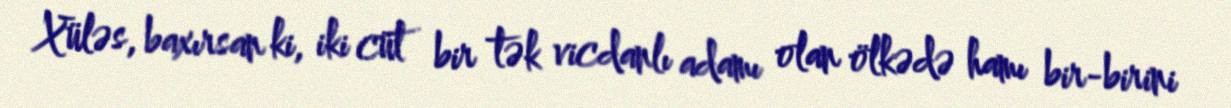
Xüləs, baxırsan ki, iki cüt bir tək vicdanlı adamı olan ölkədə hamı bir-birini